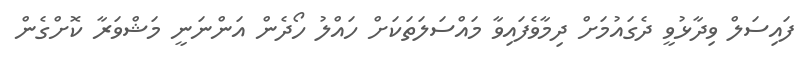
ފައިސަލް ވިދާޅުވީ ދެގައުމަށް ދިމާވެފައިވާ މައްސަލަތަކަށް ހައްލު ހޯދެން އަންނަނީ މަޝްވަރާ ކޮށްގެން